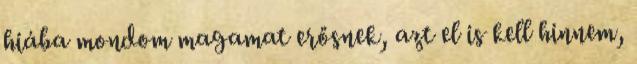
hiába mondom magamat erősnek, azt el is kell hinnem,